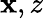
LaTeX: \mathbf{x},z